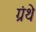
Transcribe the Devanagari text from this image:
ग्रंथे